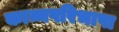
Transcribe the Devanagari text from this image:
काव्यपरिभाषा